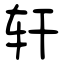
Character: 轩